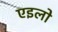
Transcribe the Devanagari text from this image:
एइलो